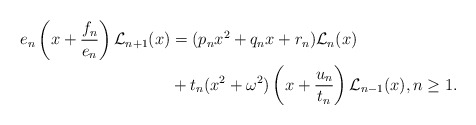
\begin{align*}e_n\left(x+\dfrac{f_n}{e_n}\right)\mathcal{L}_{n+1}(x)&=(p_nx^2+q_nx+r_n)\mathcal{L}_n(x) \\ &+t_n(x^2+\omega^2)\left(x+\dfrac{u_n}{t_n}\right)\mathcal{L}_{n-1}(x), n\geq 1.\end{align*}